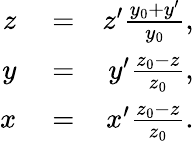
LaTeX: \begin{array}{rlr}{z}&{{}=}&{z^{\prime}\frac{y_{0}+y^{\prime}}{y_{0}},}\\ {y}&{{}=}&{y^{\prime}\frac{z_{0}-z}{z_{0}},}\\ {x}&{{}=}&{x^{\prime}\frac{z_{0}-z}{z_{0}}.}\end{array}